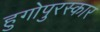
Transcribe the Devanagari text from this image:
हुगोपुरस्कार